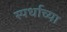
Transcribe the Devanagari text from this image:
स्पर्धाच्या